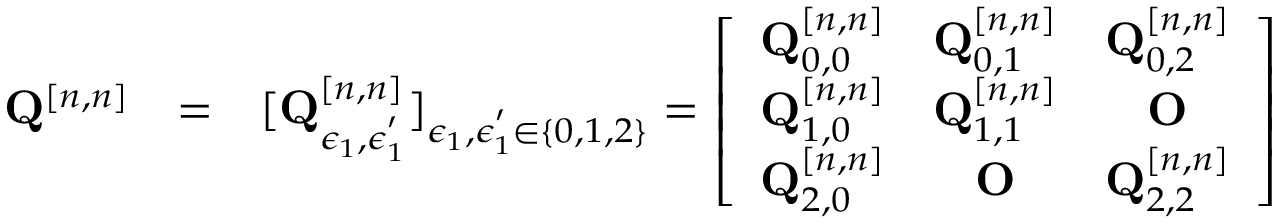
\begin{array} { r l r } { { \bf Q } ^ { [ n , n ] } } & { = } & { [ { \bf Q } _ { \epsilon _ { 1 } , \epsilon _ { 1 } ^ { ' } } ^ { [ n , n ] } ] _ { \epsilon _ { 1 } , \epsilon _ { 1 } ^ { ' } \in \{ 0 , 1 , 2 \} } = \left[ \begin{array} { c c c } { { \bf Q } _ { 0 , 0 } ^ { [ n , n ] } } & { { \bf Q } _ { 0 , 1 } ^ { [ n , n ] } } & { { \bf Q } _ { 0 , 2 } ^ { [ n , n ] } } \\ { { \bf Q } _ { 1 , 0 } ^ { [ n , n ] } } & { { \bf Q } _ { 1 , 1 } ^ { [ n , n ] } } & { { \bf O } } \\ { { \bf Q } _ { 2 , 0 } ^ { [ n , n ] } } & { { \bf O } } & { { \bf Q } _ { 2 , 2 } ^ { [ n , n ] } } \end{array} \right] } \end{array}